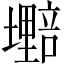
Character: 𫮷